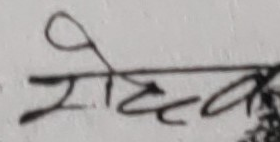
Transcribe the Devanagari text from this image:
रोहेतव्